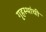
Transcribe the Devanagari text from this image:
गृहस्थांची